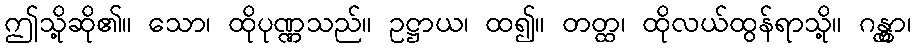
ဤသို့ဆို၏။ သော၊ ထိုပုဏ္ဏသည်။ ဥဋ္ဌာယ၊ ထ၍။ တတ္ထ၊ ထိုလယ်ထွန်ရာသို့။ ဂန္တွာ၊